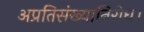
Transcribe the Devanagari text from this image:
अप्रतिसंख्यानिरोध।